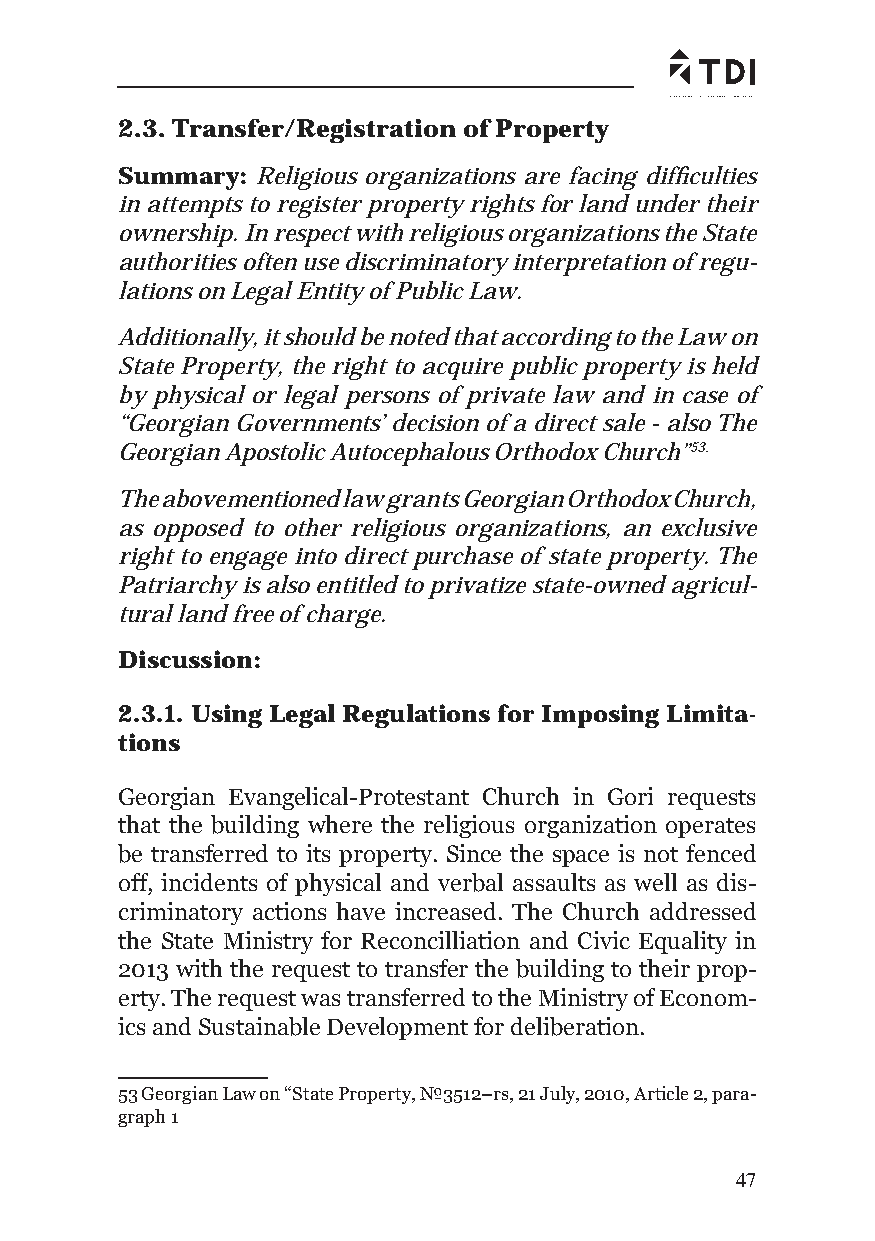
2.3. Transfer/Registration of Property
 Summary: Religious organizations are facing diffi culties
 in attempts to register property rights for land under their
 ownership. In respect with religious organizations the State
 authorities often use discriminatory interpretation of regu-
 lations on Legal Entity of Public Law.
 Additionally, it should be noted that according to the Law on
 State Property, the right to acquire public property is held
 by physical or legal persons of private law and in case of
 “Georgian Governments’ decision of a direct sale - also The
 Georgian Apostolic Autocephalous Orthodox Church”53.
 The abovementioned law grants Georgian Orthodox Church,
 as opposed to other religious organizations, an exclusive
 right to engage into direct purchase of state property. The
 Patriarchy is also entitled to privatize state-owned agricul-
 tural land free of charge.
 Discussion:
 2.3.1. Using Legal Regulations for Imposing Limita-
 tions
 Georgian Evangelical-Protestant Church in Gori requests
 that the building where the religious organization operates
 be transferred to its property. Since the space is not fenced
 off, incidents of physical and verbal assaults as well as dis-
 criminatory actions have increased. The Church addressed
 the State Ministry for Reconcilliation and Civic Equality in
 2013 with the request to transfer the building to their prop-
 erty. The request was transferred to the Ministry of Econom-
 ics and Sustainable Development for deliberation.
 53 Georgian Law on “State Property, №3512–rs, 21 July, 2010, Article 2, para-
 graph 1
 47